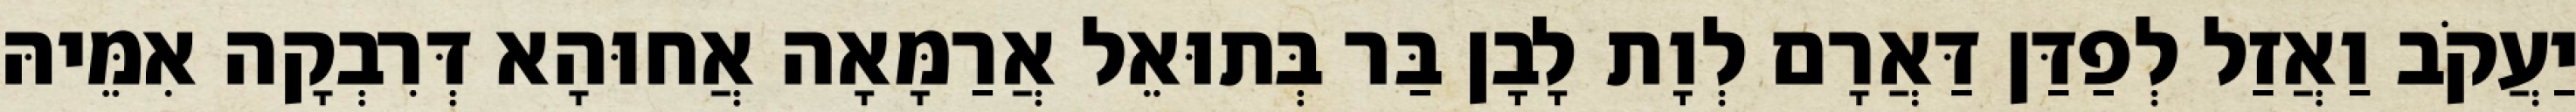
יַעֲקֹב וַאֲזַל לְפַדַּן דַּאֲרָם לְוָת לָבָן בַּר בְּתוּאֵל אֲרַמָּאָה אֲחוּהָא דְּרִבְקָה אִמֵּיהּ